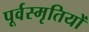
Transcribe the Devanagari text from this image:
पूर्वस्मृतियों